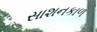
સાશનકાળ